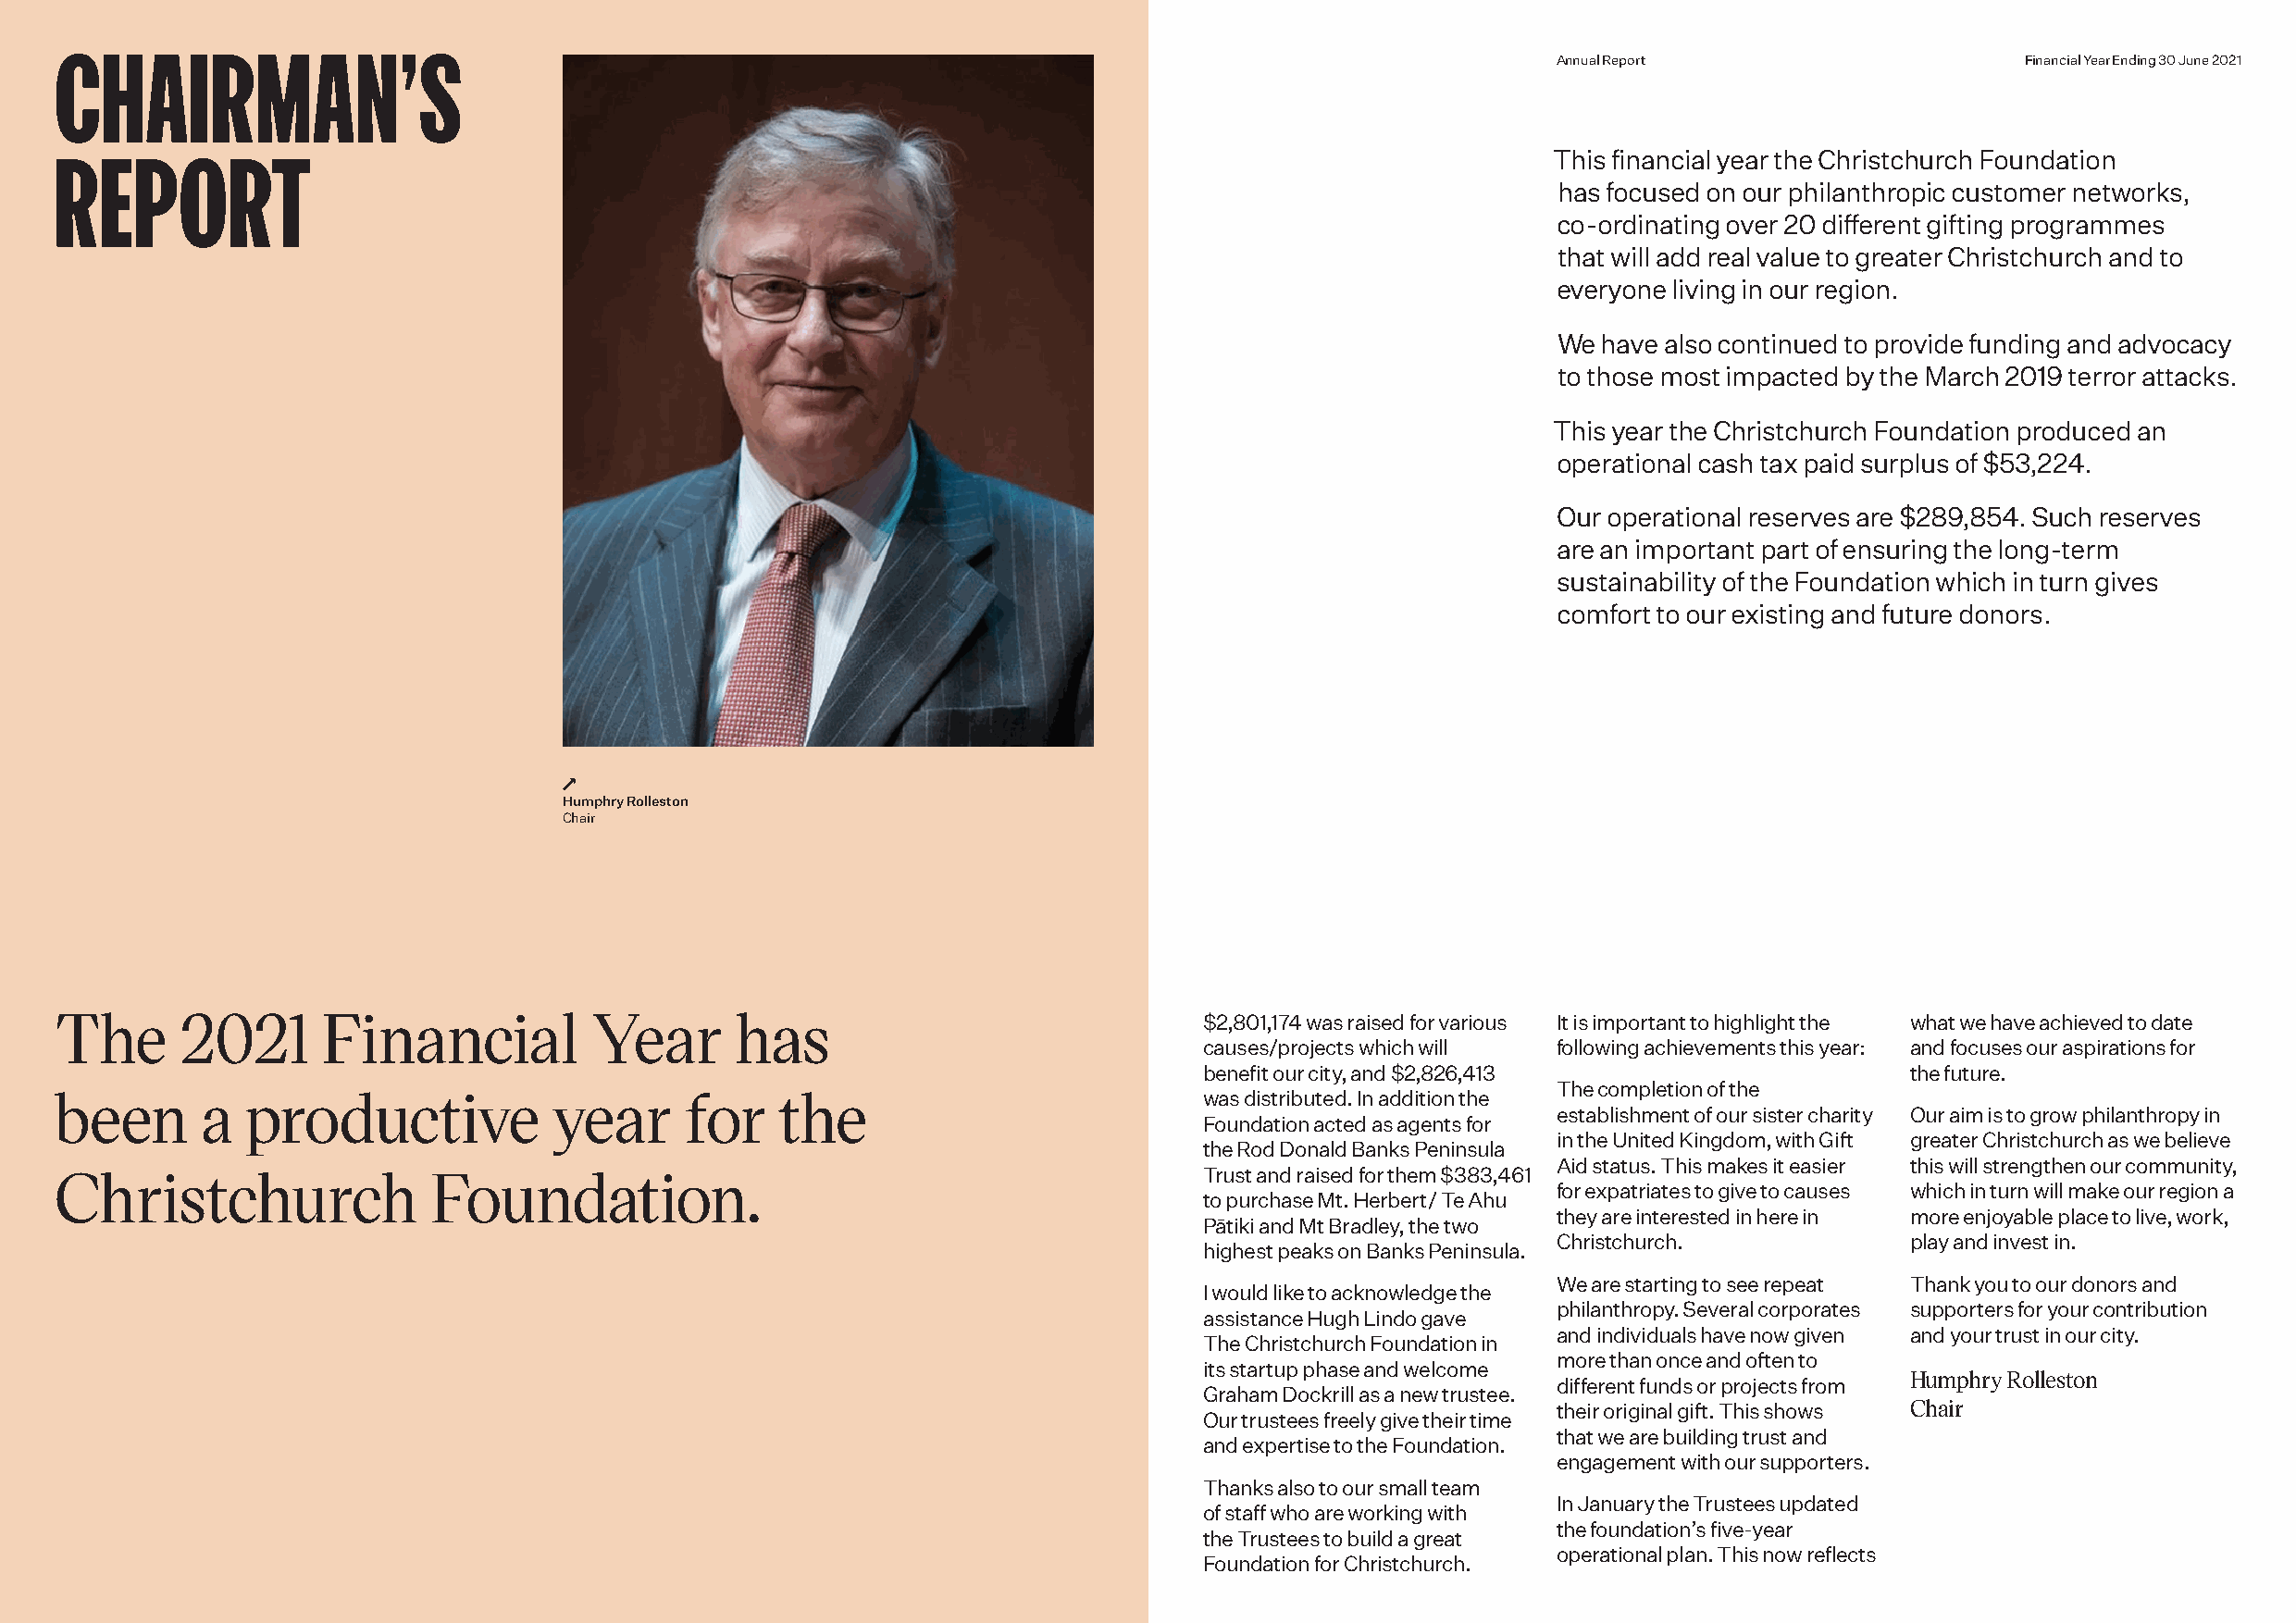
CHAIRMAN’S
 Christchurch Foundation                                                                                    Annual Report                     Financial Year Ending 30 June 2021
 REPORT                                                                                                     This financial year the Christchurch Foundation
 has focused on our philanthropic customer networks,
 co-ordinating over 20 different gifting programmes
 that will add real value to greater Christchurch and to
 everyone living in our region.
 We  have also continued to provide funding and advocacy
 to those most impacted by the March 2019 terror attacks.
 This year the Christchurch Foundation produced an
 operational cash tax paid surplus of $53,224.
 Our operational reserves are $289,854. Such reserves
 are an important part of ensuring the long-term
 sustainability of the Foundation which in turn gives
 comfort to our existing and future donors.
 ↗
 Humphry Rolleston
 Chair
 The      2021      Financial          Year       has                              $2,801,174 was raised for various It is important to highlight the what we have achieved to date
 causes/projects which will following achievements this year: and focuses our aspirations for
 benefit our city, and $2,826,413                   the future.
 The completion of the
 been      a   productive            year     for    the                           was distributed. In addition the
 establishment of our sister charity Our aim is to grow philanthropy in
 Foundation acted as agents for
 in the United Kingdom, with Gift greater Christchurch as we believe
 the Rod Donald Banks Peninsula
 Aid status. This makes it easier this will strengthen our community,
 Trust and raised for them $383,461
 Christchurch               Foundation.
 for expatriates to give to causes which in turn will make our region a
 to purchase Mt. Herbert/ Te Ahu
 they are interested in here in more enjoyable place to live, work,
 Pātiki and Mt Bradley, the two
 Christchurch.             play and invest in.
 highest peaks on Banks Peninsula.
 We are starting to see repeat Thank you to our donors and
 I would like to acknowledge the
 philanthropy. Several corporates supporters for your contribution
 assistance Hugh Lindo gave
 and individuals have now given and your trust in our city.
 The Christchurch Foundation in
 more than once and often to
 its startup phase and welcome
 Humphry Rolleston
 different funds or projects from
 Graham Dockrill as a new trustee.
 their original gift. This shows Chair
 Our trustees freely give their time
 that we are building trust and
 and expertise to the Foundation.
 engagement with our supporters.
 Thanks also to our small team
 In January the Trustees updated
 of staff who are working with
 the foundation’s five-year
 the Trustees to build a great
 operational plan. This now reflects
 Foundation for Christchurch.